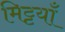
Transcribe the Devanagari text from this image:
मिट्टयाँ